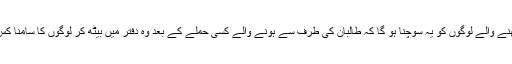
اور دفتر میں بیٹھنے والے لوگوں کو یہ سوچنا ہو گا کہ طالبان کی طرف سے ہونے والے کسی حملے کے بعد وہ دفتر میں بیٹھ کر لوگوں کا سامنا کس منہ سے کریں۔